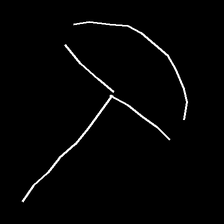
Glyph: dispersion